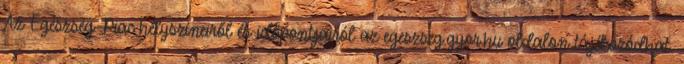
Az Egészség-Piac helyszíneiről és időpontjairól az egeszseg.gyor.hu oldalon tájékozódhat.